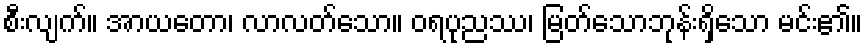
စီးလျက်။ အာယတော၊ လာလတ်သော။ ဝရပုညဿ၊ မြတ်သောဘုန်းရှိသော မင်း၏။